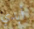
أبدي